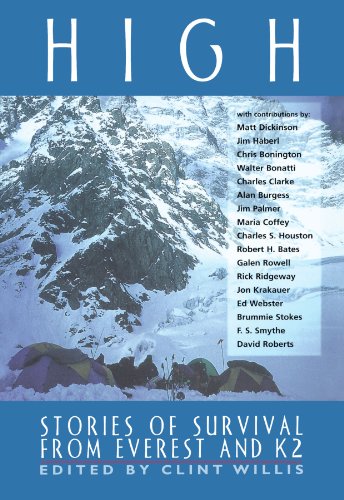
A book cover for High: Stories of Survival from Everest and K2 (Adrenaline Books); Travel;